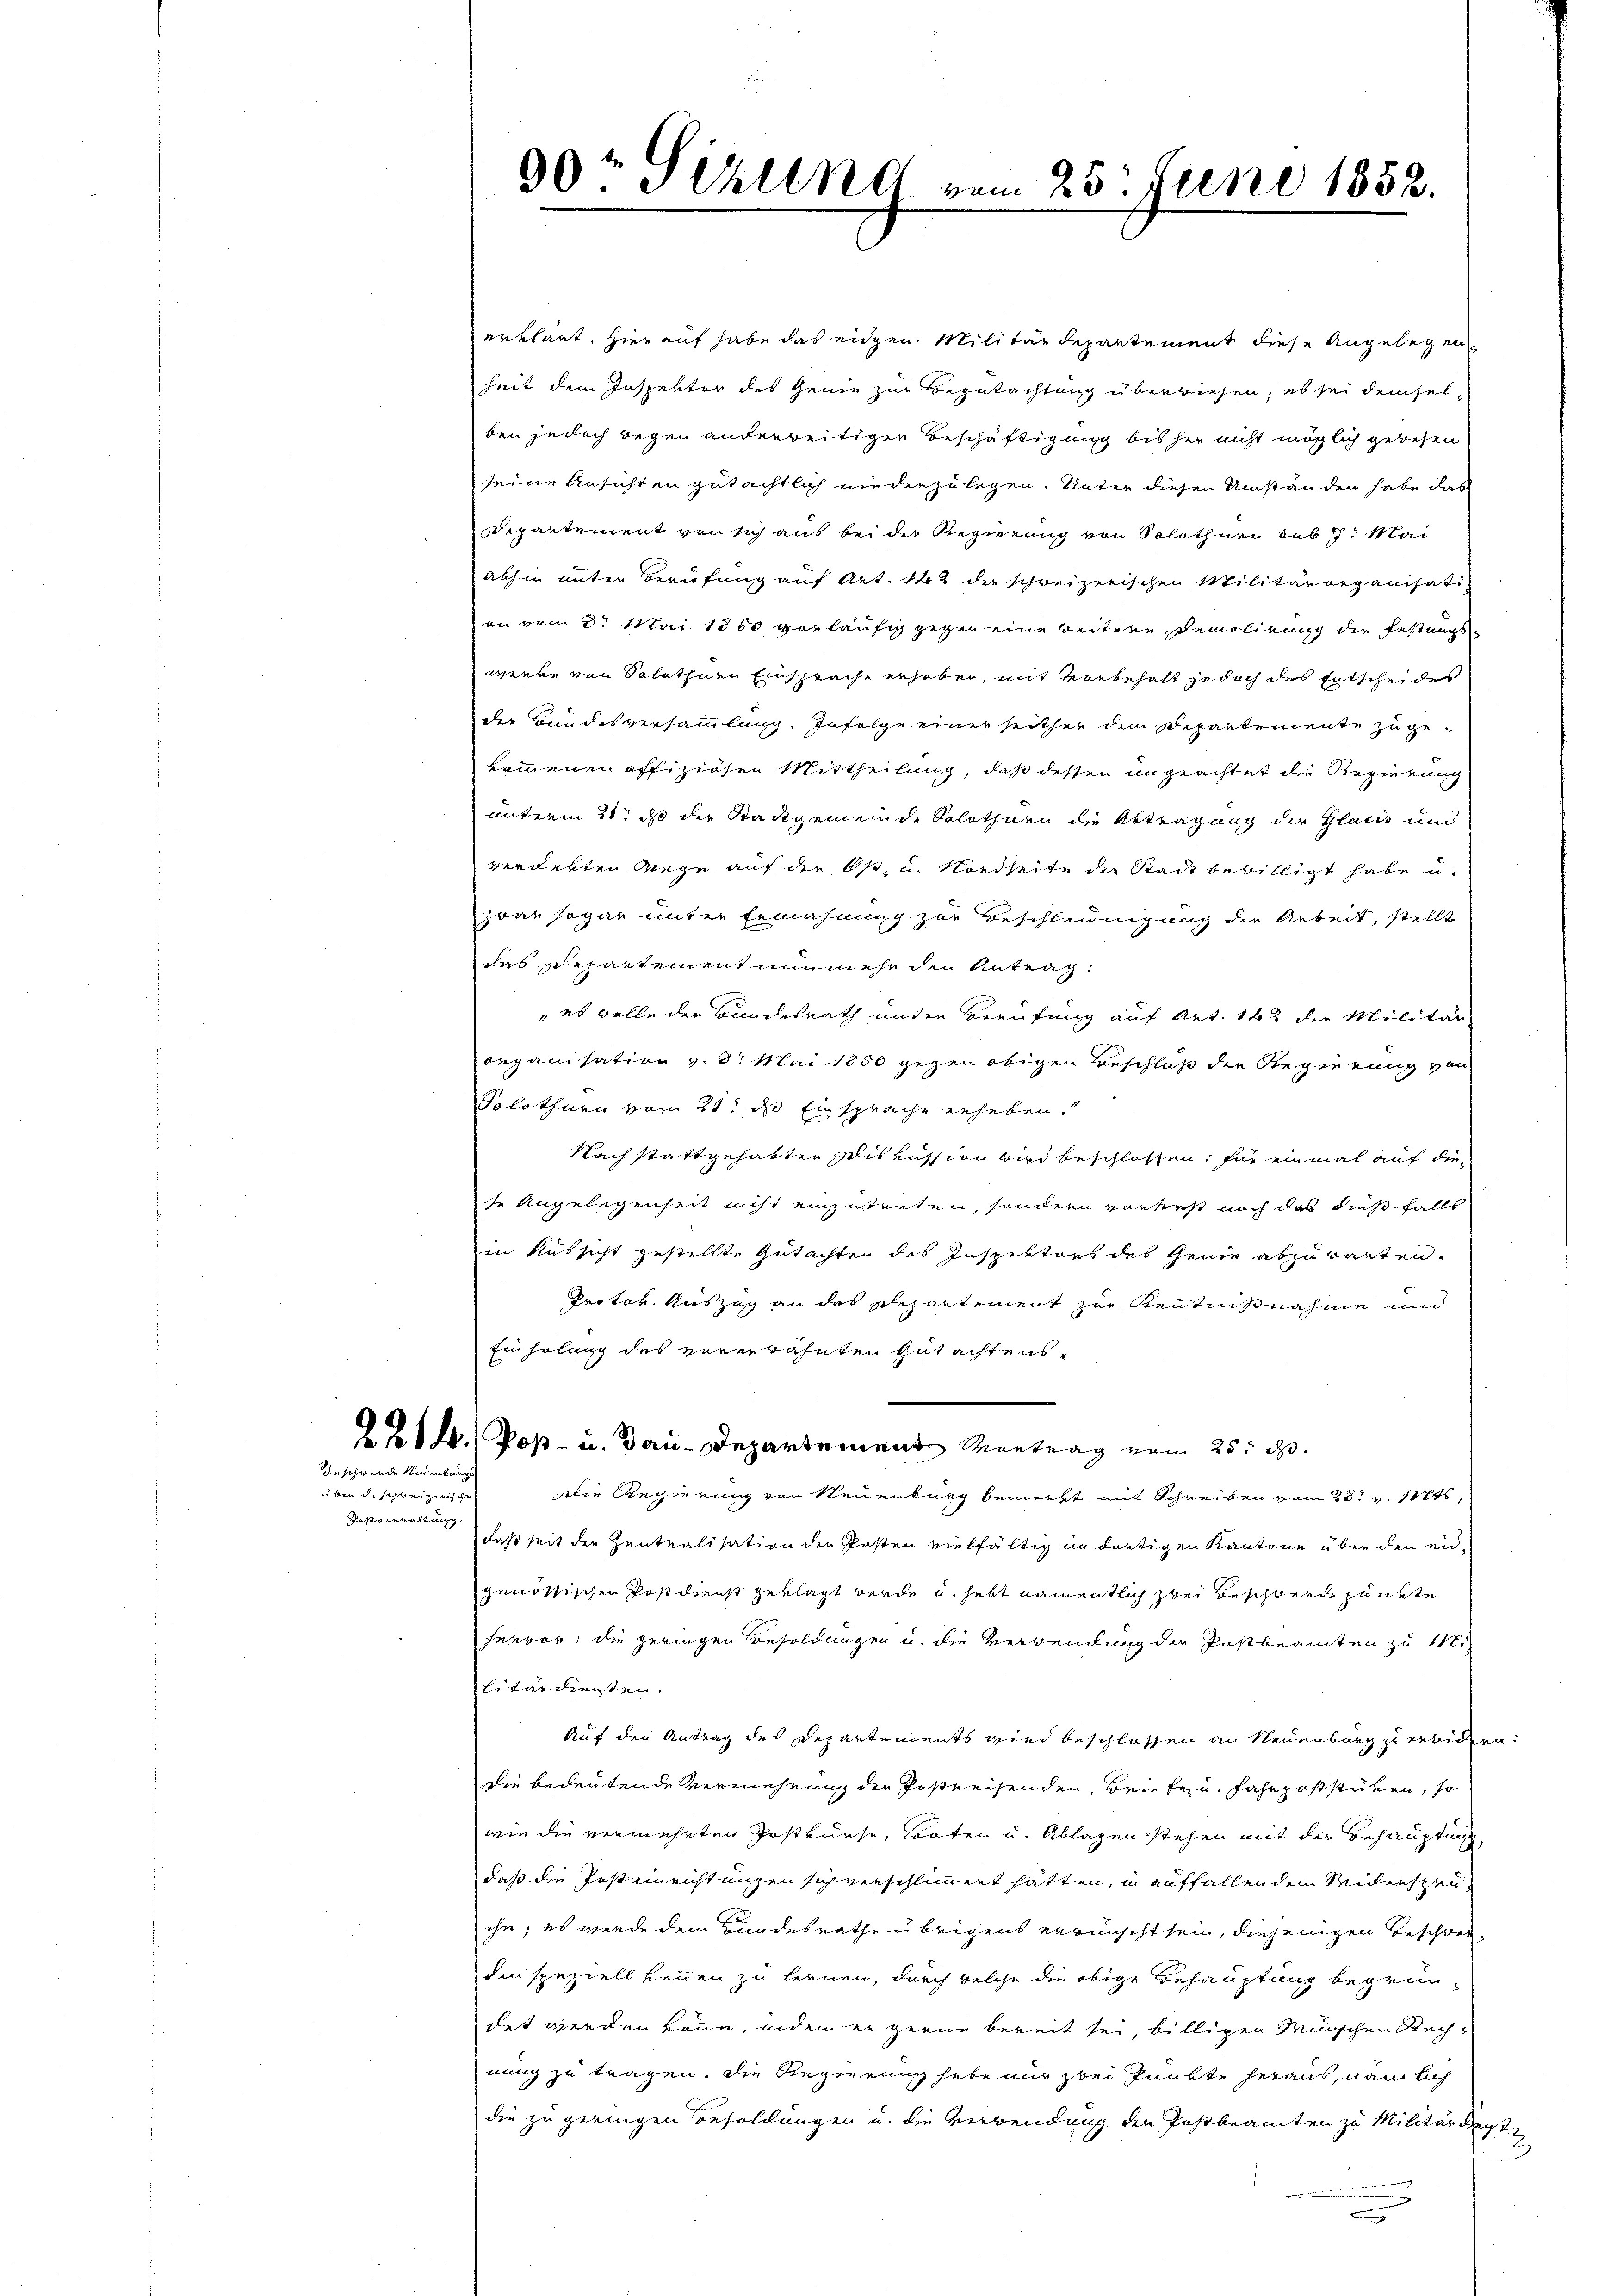
Inschwende Neuenburg

über d. schweizerische
Tesverwaltung.

00r Sihlung vom 25. Juni 1852.

erklärt. Hier auf habe das eidgen Militärdepartement diese Angelegen
heit dem Inspektor des Genie zur Begutachtung überwiesen, ob sei demselben jedoch wegen anderweitigen Beschäftigung bis her nicht möglich gewesen
seine Ansichten gutächtlich niederzulegen. Unter diesen Umständen habe das
Departement von sich aus bei der Regierung von Solothurn sub 27. Mai
abhin unter Berufung auf Art. 142 der schweizerischen Militärorganisati
on vom 2t Mai 1850 vorläufig gegen eine weitere Demolirung der Festungswenke von Solothurn Einsprache erhoben, mit vorbehalt jedoch des Entscheides
der Bundesversammlung. Infolge einer seither dem Departemente zugekommenen offiziösen Mittheilung, daß dessen ungeachtet die Regierung
unterm 21t ds die Stadtgemeinde Solothurn die Abtragung der Glarus und
verdekten Wege auf der O. u. Nordseite der Stadt bewilligt habe u.
zwar sogar unter Ermahnung zur Beschleunigung der Arbeit, stellt
das schepartement nunmehr den Antrag:
„es wolle der Bundesrath unter Berufung auf Art. 162 der Militär
organisation v. 8. Mai 1850 gegen obigen Beschluß der Regierung von
Solothurn vom 21. ds Einsprache erheben.
Nach stattgehabten Diskussion wird beschlossen, für einmal auf die
se Angelegenheit nicht einzutreten, sondern eintest noch das dies falls
in Russicht gestellte Gutachten des Inspektors des Genie abzubauten.
Protor Auszug an das Repartement zur Kenntnisnahme und
Einholung des vorerwähnten Gutachtens¬
221. Post- u. Bau-Departement Montrag vom 25. d.
Die Regierung von Neuenburg bemerkt mit Schreiben vom 28. v. 11t
daß seit der Zentralisation der Posten vielfältig in dortigen Kantone über den eid-
genössischen Postdienst geklagt werde u. hebt namentlich zwei Beschwerde punkte
hervor; die geringen Besoldungen u. die Verwendung die Postbeamten zu Mi
litärdienten.
Auf den Antrag des Departements wird beschlossen an Neuenburg zu erbidern:
die bedeutende Vermehrung der Postreisenden, Briefen, fahrpoststücken, so
wie die vermehrten Postkurse, Torten u. Ablagen stehen mit der Behauptung
daß die Posteinrichtungen sich verschlimmert hätten, in auffallen dem Seidersteuihn; es werde dem Bundesrathe übrigens erwünscht sein, diejenigen Beschwer
den speziell kennen zu lernen, durch welche die obige Behauptung begründet werden kann, indem er gerne bereit sei, billigen Wünschen Rechnung zu tragen, die Regierung habe nur bei Punkte heraus, namlich
die zu geringen Besoldungen u. die Verwendung der Postbeamten zu Militärdiensta